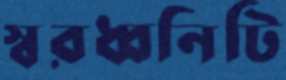
স্বরধ্বনিটি